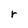
Character: r